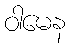
ဝါမေန